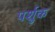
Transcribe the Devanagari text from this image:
पर्शुक